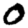
Digit: 0